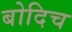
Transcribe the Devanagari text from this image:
बोदिच